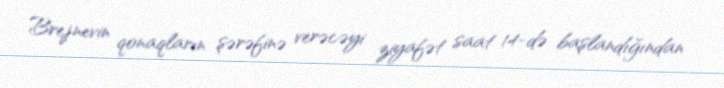
Brejnevin qonaqların şərəfinə verəcəyi ziyafət saat 14-də başlandığından